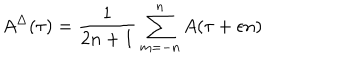
LaTeX: A ^ { \Delta } ( \tau ) = \frac { 1 } { 2 n + 1 } \sum _ { m = - n } ^ { n } A ( \tau + \epsilon n )